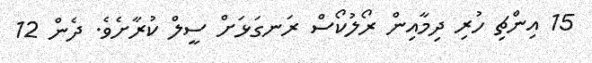
15 އިންޗި ހުރި ދިމާއިން ރޯލުކޯސް ރަނގަޅަށް ސީލް ކުރާށެވެ. ދެން 12